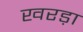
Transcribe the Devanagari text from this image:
खरड़ा